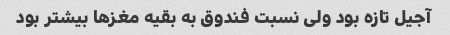
آجیل تازه بود ولی نسبت فندوق به بقیه مغزها بیشتر بود